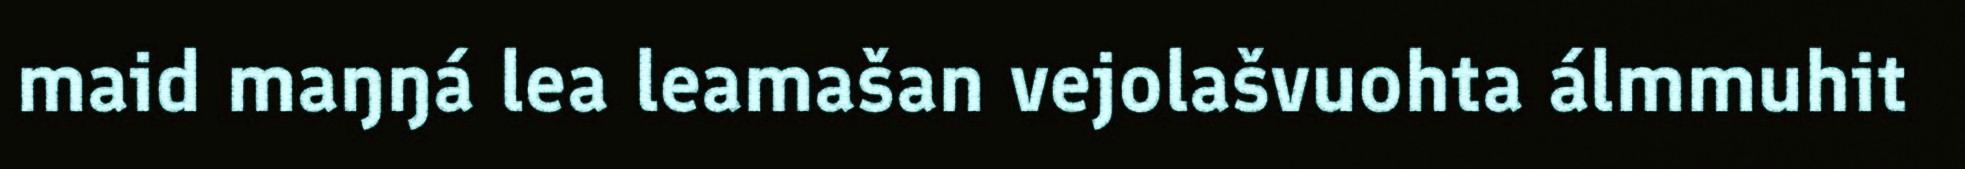
maid maŋŋá lea leamašan vejolašvuohta álmmuhit